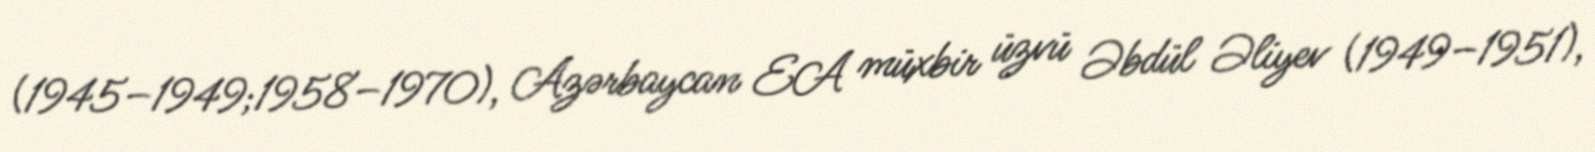
(1945–1949;1958–1970), Azərbaycan EA müxbir üzvü Əbdül Əliyev (1949–1951),